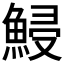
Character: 鮼